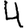
Digit: 4